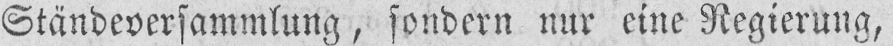
Ständeversammlung, sondern nur eine Regierung,